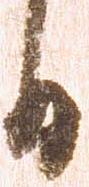
日